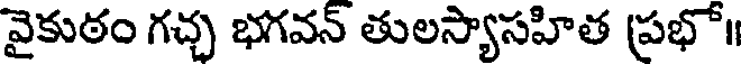
వైకుఠం గచ్చ భగవన్ తులస్యాసహిత ప్రభో॥